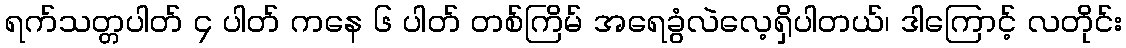
ရက်သတ္တပါတ် ၄ ပါတ် ကနေ ၆ ပါတ် တစ်ကြိမ် အရေခွံလဲလေ့ရှိပါတယ်၊ ဒါကြောင့် လတိုင်း